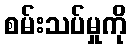
စမ်းသပ်မှုကို